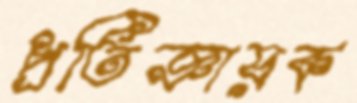
প্রতিজ্ঞায়ক